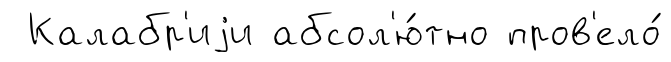
Калабр'иjи абсол'ю́тно пров'ело́